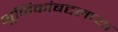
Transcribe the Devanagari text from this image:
भूमिकांबद्दलच्या